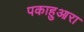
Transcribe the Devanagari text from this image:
पकाहुआरा